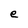
Character: e